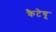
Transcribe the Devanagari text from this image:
कैटेचू